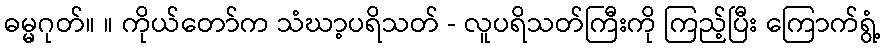
ဓမ္မဂုတ်။ ။ ကိုယ်တော်က သံဃာ့ပရိသတ် - လူပရိသတ်ကြီးကို ကြည့်ပြီး ကြောက်ရွံ့